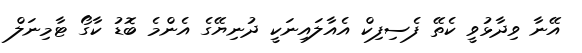
އޭނާ ވިދާޅުވީ ކެތޭ ފެސިފިކް އެއާލައިނަކީ ދުނިޔޭގެ އެންމެ ބޮޑު ކާގޯ ޓާމިނަލް